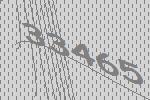
33465